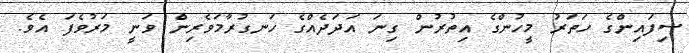
ސިފައިންގެ ހަތަރު މީހުންގެ އިތުރުން ގިނަ އަދަދެއްގެ ހަނގުރާމަވެރިން ވަނީ މަރުވެފަ އެވެ.